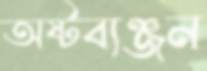
অষ্টব্যঞ্জন